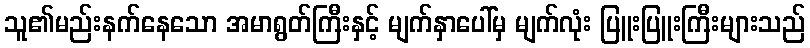
သူ၏မည်းနက်နေသော အမာရွတ်ကြီးနှင့် မျက်နှာပေါ်မှ မျက်လုံး ပြူးပြူးကြီးများသည်